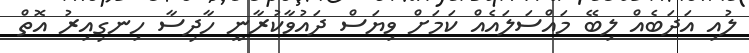
ލުއި އަދަބެއް ލިބޭ މައްސަލައެއް ކަމަށް ވިޔަސް ދައުވާކުރާނީ ހާދިސާ ހިނގިއިރު އޮތް